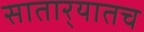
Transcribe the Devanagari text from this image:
सातार्‍यातच